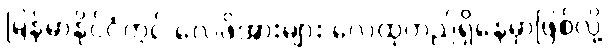
မြန်မာနိုင်ငံတွင် လေဖိအားများ လေထုတည်ရှိနေမှာဖြစ်လို့